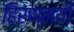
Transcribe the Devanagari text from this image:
हिरण्मयी